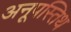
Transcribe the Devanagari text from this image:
अनूपस्तिथ